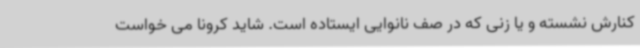
کنارش نشسته و یا زنی که در صف نانوایی ایستاده است. شاید کرونا می خواست